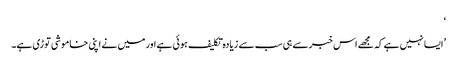
‘
’ایسا نہیں ہے کہ مجھے اس خبر سے ہی سب سے زیادہ تکلیف ہوئی ہے اور میں نے اپنی خاموشی توڑی ہے۔